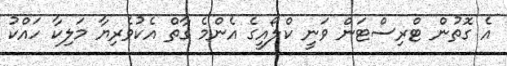
އެ ގޮތުން ޓްރިސްޓަން ވަނީ ކްލޯއީގެ އެންމެ ގާތް އެކުވެރިޔާ މަލިކާ ހައްކު